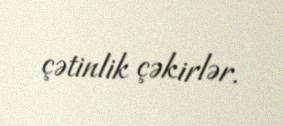
çətinlik çəkirlər.